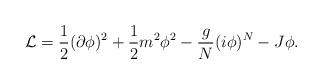
LaTeX: \begin{align*}{\cal L}={1\over2}(\partial\phi)^2+{1\over2}m^2\phi^2-{g\over N}(i\phi)^N-J\phi.\end{align*}